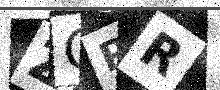
Text: ZQRR